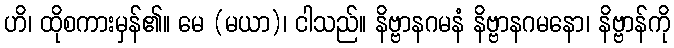
ဟိ၊ ထိုစကားမှန်၏။ မေ (မယာ)၊ ငါသည်။ နိဗ္ဗာနဂမနံ နိဗ္ဗာနဂမနော၊ နိဗ္ဗာန်ကို